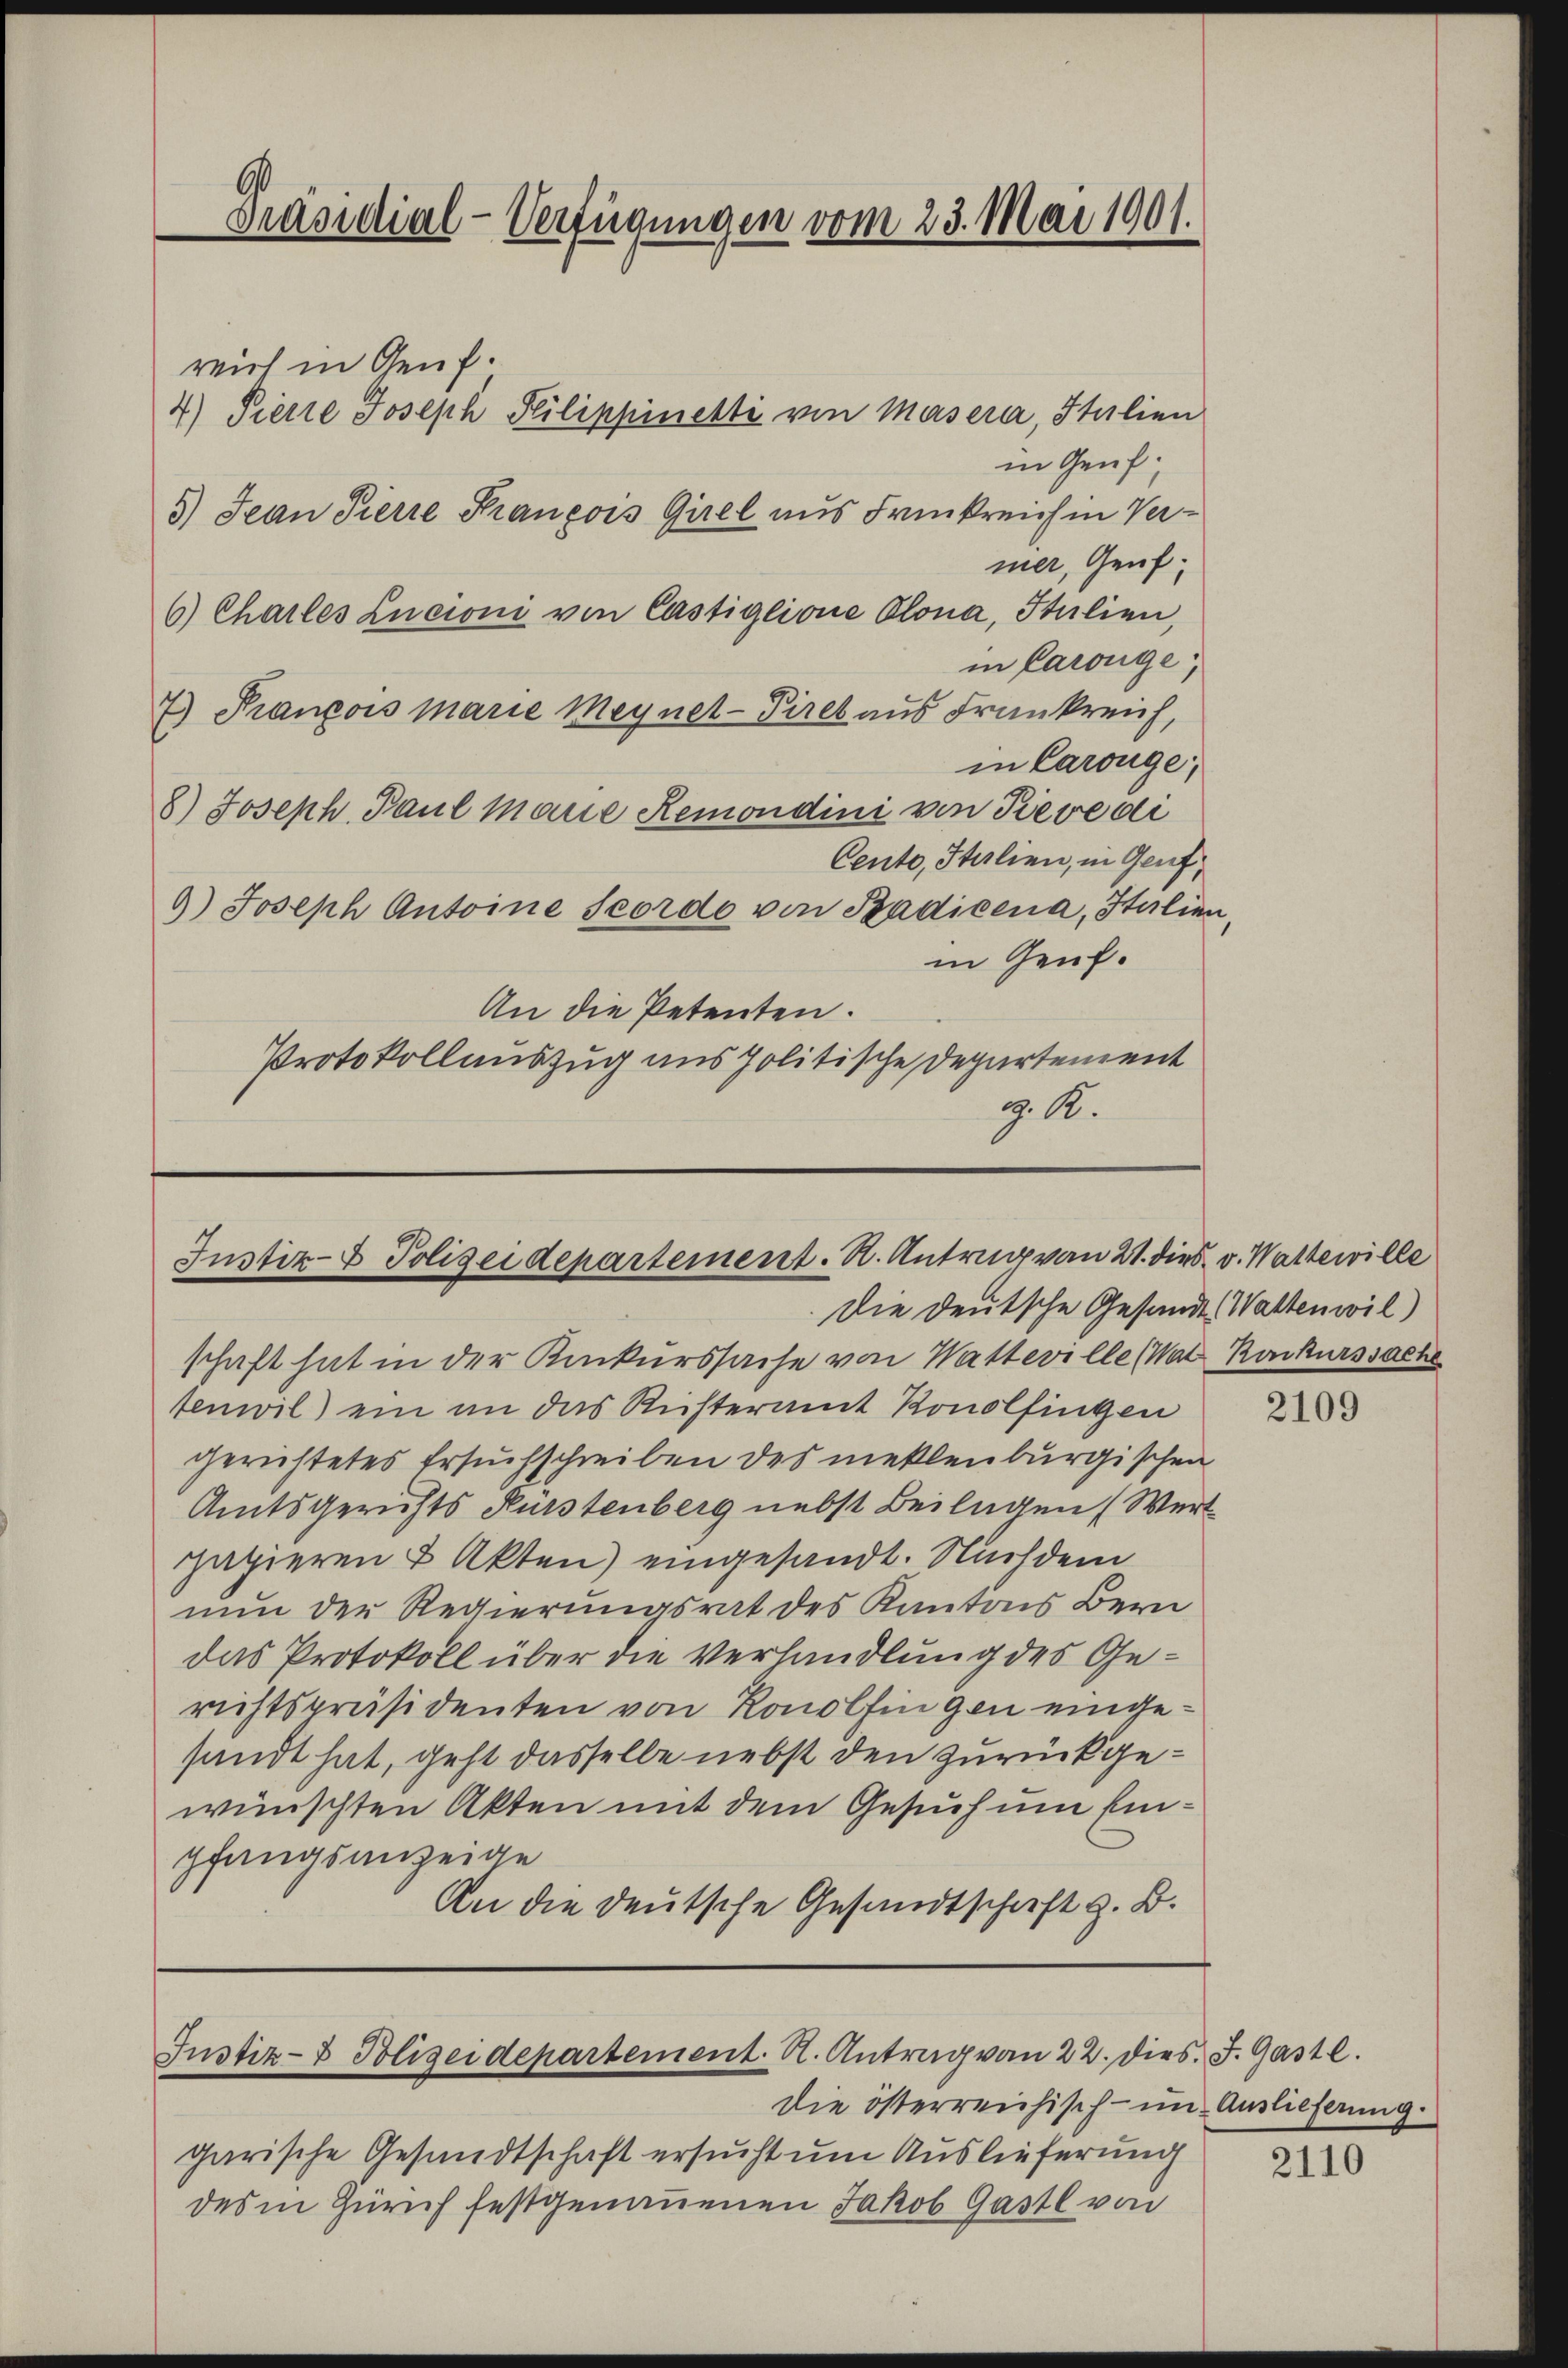
Präsidial-Verfügungen vom 23. Mai 1901.

reich in Genf.
4) Pierre Joseph Pilippinetti von Masera, Italien
in Genf;
5) Jean Pierre François Gisel aus Frickreich in Vernier, Genf;
6) Charles Lucioni von Castiglione Olona, Italien,
in Parouge;
7) François Marie Meynet-Piret aus Frankreich,
in Carouge;
8.) Joseph Paul Marie Remondini von Reve di
Cento, Italien, in Genf,
9) Joseph Antoine Scordo von Badicena, Italien,
in Genf.
An die Petenten.
Protokollauszug aus politische Departement
z. A.

Justiz- & Polizeidepartement. R. Antrag von 21. dies v. Wattwille
Die Deutsche Gesandt, Waltenwil)

Justiz- & Polizeidepartement. A. Antrag von 22. dies. J. Gastl.

Die österreichisch- um Auslieferung.
garische Gesandtschaft ersucht um Auslieferung
des in Zürich festgenommenen Jakob Gastl von

schaft hat in der Konkurssache von Watteville (Wat Konkurssache
tenwil ein an das Richteramt Konolfingen
gerichtetes Ersuchschreiben des meklenburgischen
Amtsgerichts Kürstenberg nebst Beilagen (Wert
papieren & Akten) eingesandt. Nachdem
nun der Regierungsrat des Kantons Bern
das Protokoll über die Verhandlung des Gerichtspräsidenten von Konolfingen eingesandt hat, geht dasselbe nebst den zurückgewünschten Akten mit dem Gesuch um Einpfangsanzeige
An die deutsche Gesandtschaft z. B.

2109

2110